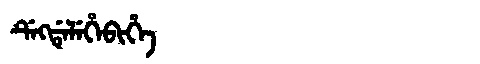
Manchu: ᡩᡝᡴᡩᡝᠯᡝᡥᡝᠪᡳᡥᡝ
Romanization: DEKDELEHEBIHE